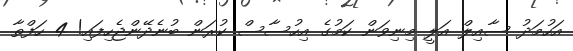
އަހުމަދު ސާއިލް އަލީ މިނިވަން ކަމުގެ އިހުސާސް ކުރަން ބުނެދޭންޖެހިފައި! 4 ހަފްތާ